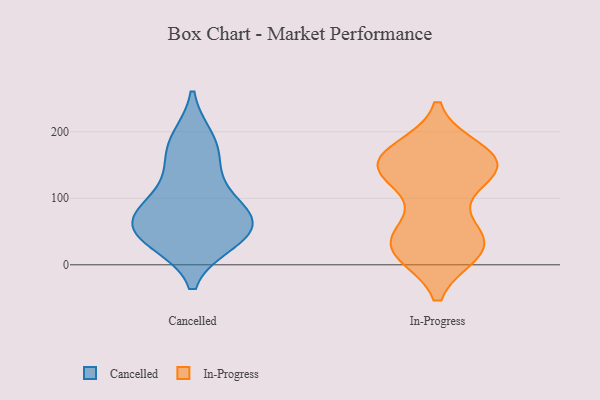
{"axis": {"x": "Population (Million)", "y": "Value"}, "legend": ["Cancelled", "In-Progress"], "data": [{"x": "", "y": 84, "type": "Cancelled"}, {"x": "", "y": 49, "type": "Cancelled"}, {"x": "", "y": 138, "type": "Cancelled"}, {"x": "", "y": 175, "type": "Cancelled"}, {"x": "", "y": 86, "type": "Cancelled"}, {"x": "", "y": 187, "type": "Cancelled"}, {"x": "", "y": 37, "type": "Cancelled"}, {"x": "", "y": 55, "type": "Cancelled"}, {"x": "", "y": 72, "type": "Cancelled"}, {"x": "", "y": 43, "type": "Cancelled"}, {"x": "", "y": 23, "type": "In-Progress"}, {"x": "", "y": 138, "type": "In-Progress"}, {"x": "", "y": 143, "type": "In-Progress"}, {"x": "", "y": 27, "type": "In-Progress"}, {"x": "", "y": 156, "type": "In-Progress"}, {"x": "", "y": 25, "type": "In-Progress"}, {"x": "", "y": 166, "type": "In-Progress"}, {"x": "", "y": 32, "type": "In-Progress"}, {"x": "", "y": 20, "type": "In-Progress"}, {"x": "", "y": 150, "type": "In-Progress"}, {"x": "", "y": 137, "type": "In-Progress"}, {"x": "", "y": 142, "type": "In-Progress"}, {"x": "", "y": 43, "type": "In-Progress"}, {"x": "", "y": 27, "type": "In-Progress"}, {"x": "", "y": 171, "type": "In-Progress"}, {"x": "", "y": 147, "type": "In-Progress"}, {"x": "", "y": 163, "type": "In-Progress"}, {"x": "", "y": 68, "type": "In-Progress"}]}